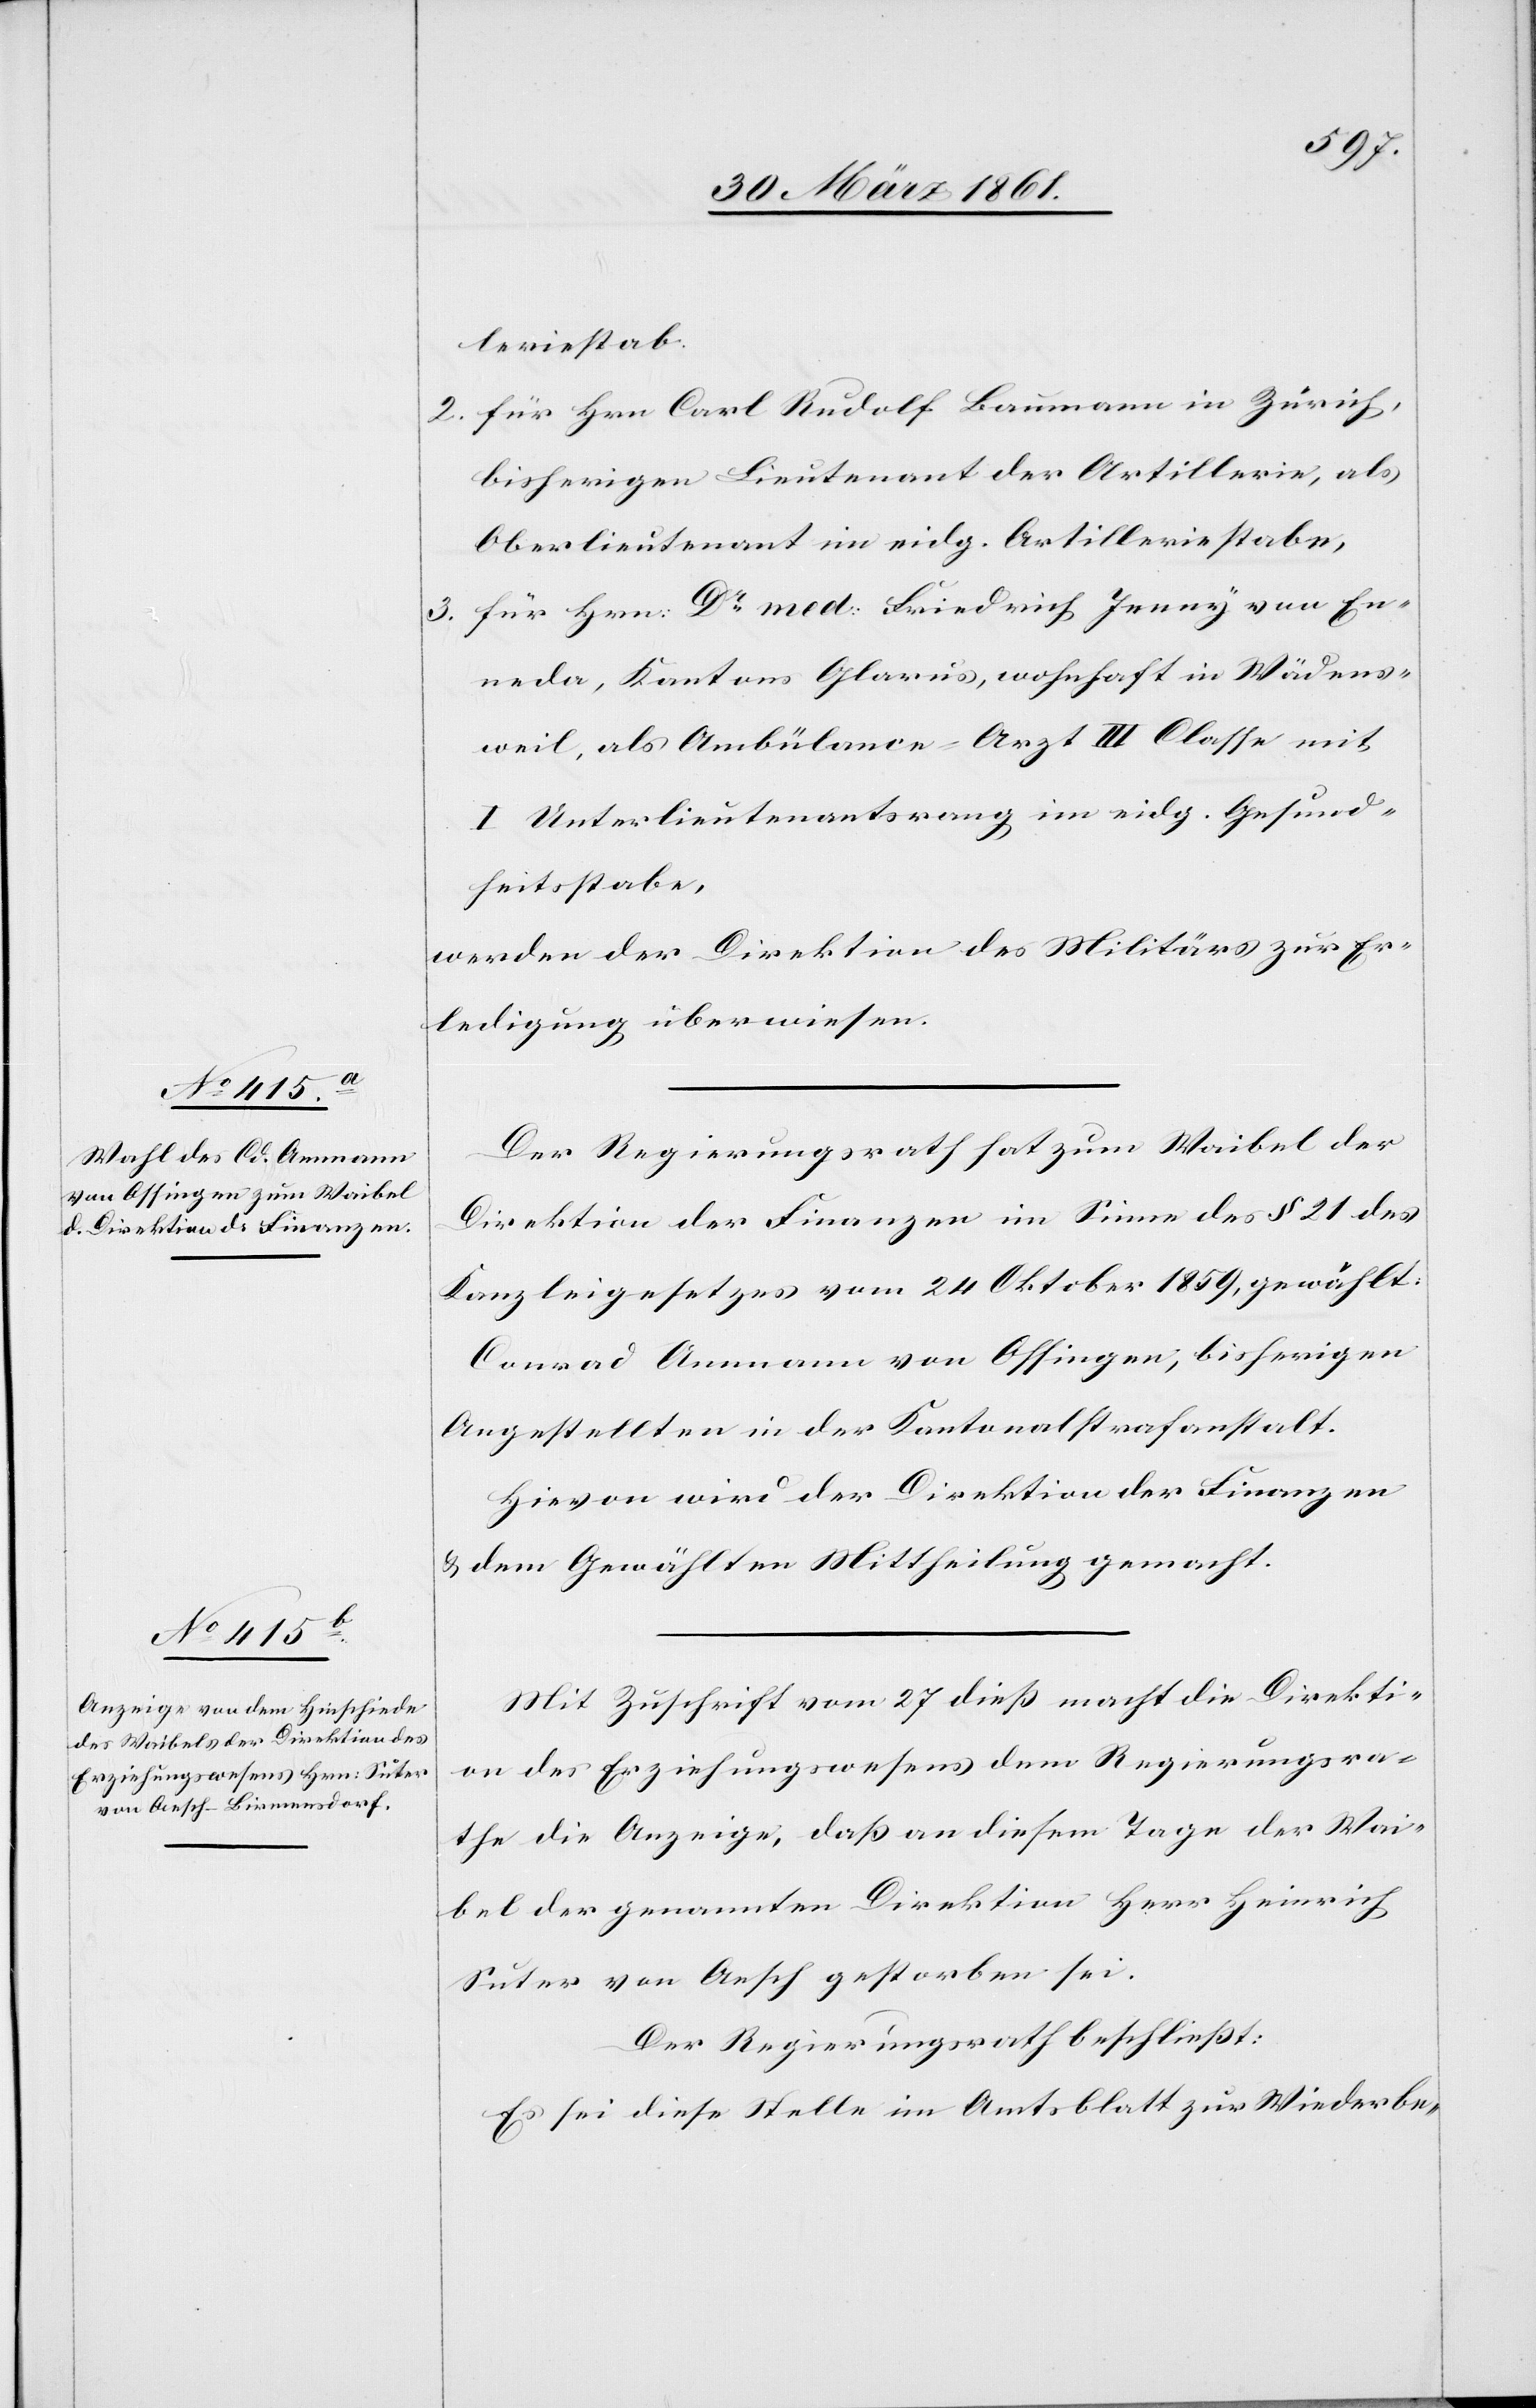
leriestab.
2. für Hrn. Carl Rudolf Baumann in Zürich,
bisherigen Lieutenant der Artillerie, als
Oberlieutenant im eidg. Artilleriestabe,
3. für Hrn. Dr med. Friedrich Jenny von En¬
eda, Kantons Glarus, wohnhaft in Wädens¬
weil, als Ambülance-Arzt III. Classe mit
I. Unterlieutenantsrang im eidg. Gesund¬
heitsstabe,
werden der Direktion des Militärs zur Er¬
ledigung überwiesen.
Der Regierungsrath hat zum Waibel der
Direktion der Finanzen im Sinne des § 21 des
Kanzleigesetzes vom 24. Oktober 1859, gewählt:
Conrad Ammann von Ossingen, bisherigen
Angestellten in der Kantonalstrafanstalt.
Hievon wird der Direktion der Finanzen
u. dem Gewählten Mittheilung gemacht.
Mit Zuschrift vom 27. dieß macht die Direkti¬
on des Erziehungswesens dem Regierungsra¬
the die Anzeige, daß an diesem Tage der Wai¬
bel der genannten Direktion Herr Heinrich
Suter von Aesch gestorben sei.
Der Regierungsrath beschließt:
Es sei diese Stelle im Amtsblatt zur Wiederbe-